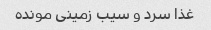
غذا سرد و سیب زمینی مونده